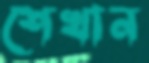
শেখান